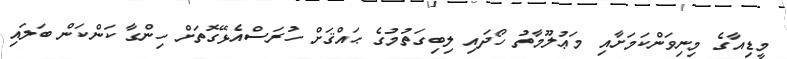
މީޑިއާގެ މިނިވަންކަމަށާއި މަޢުލޫމާތު ހޯދައި ލިބިގަތުމުގެ ޙައްޤަށް ހުރަސްއެޅޭގޮތަށް ހިންގާ ކަންކަން ބަލައި